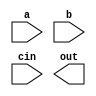
`timescale 1ns / 1ps
//////////////////////////////////////////////////////////////////////////////////
// Company: 
// Engineer: 
// 
// Design Name: 
// Module Name:    carry_select 
// Project Name: 
// Target Devices: 
// Tool versions: 
// Description: 
//
// Dependencies: 
//
// Revision: 
// Revision 0.01 - File Created
// Additional Comments: 
//
//////////////////////////////////////////////////////////////////////////////////
module carry_select(
		input [3:0] a,
		input [3:0] b,
		input cin,
		output [4:0] out
    );

	

endmodule